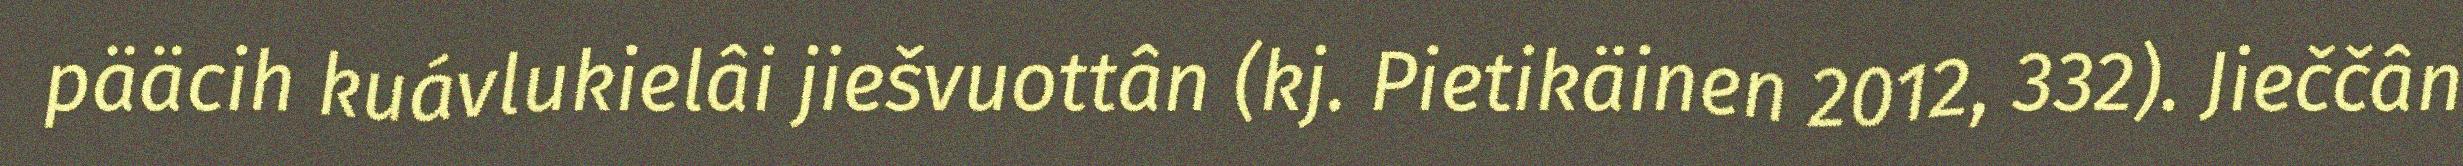
pääcih kuávlukielâi jiešvuottân (kj. Pietikäinen 2012, 332). Jieččân